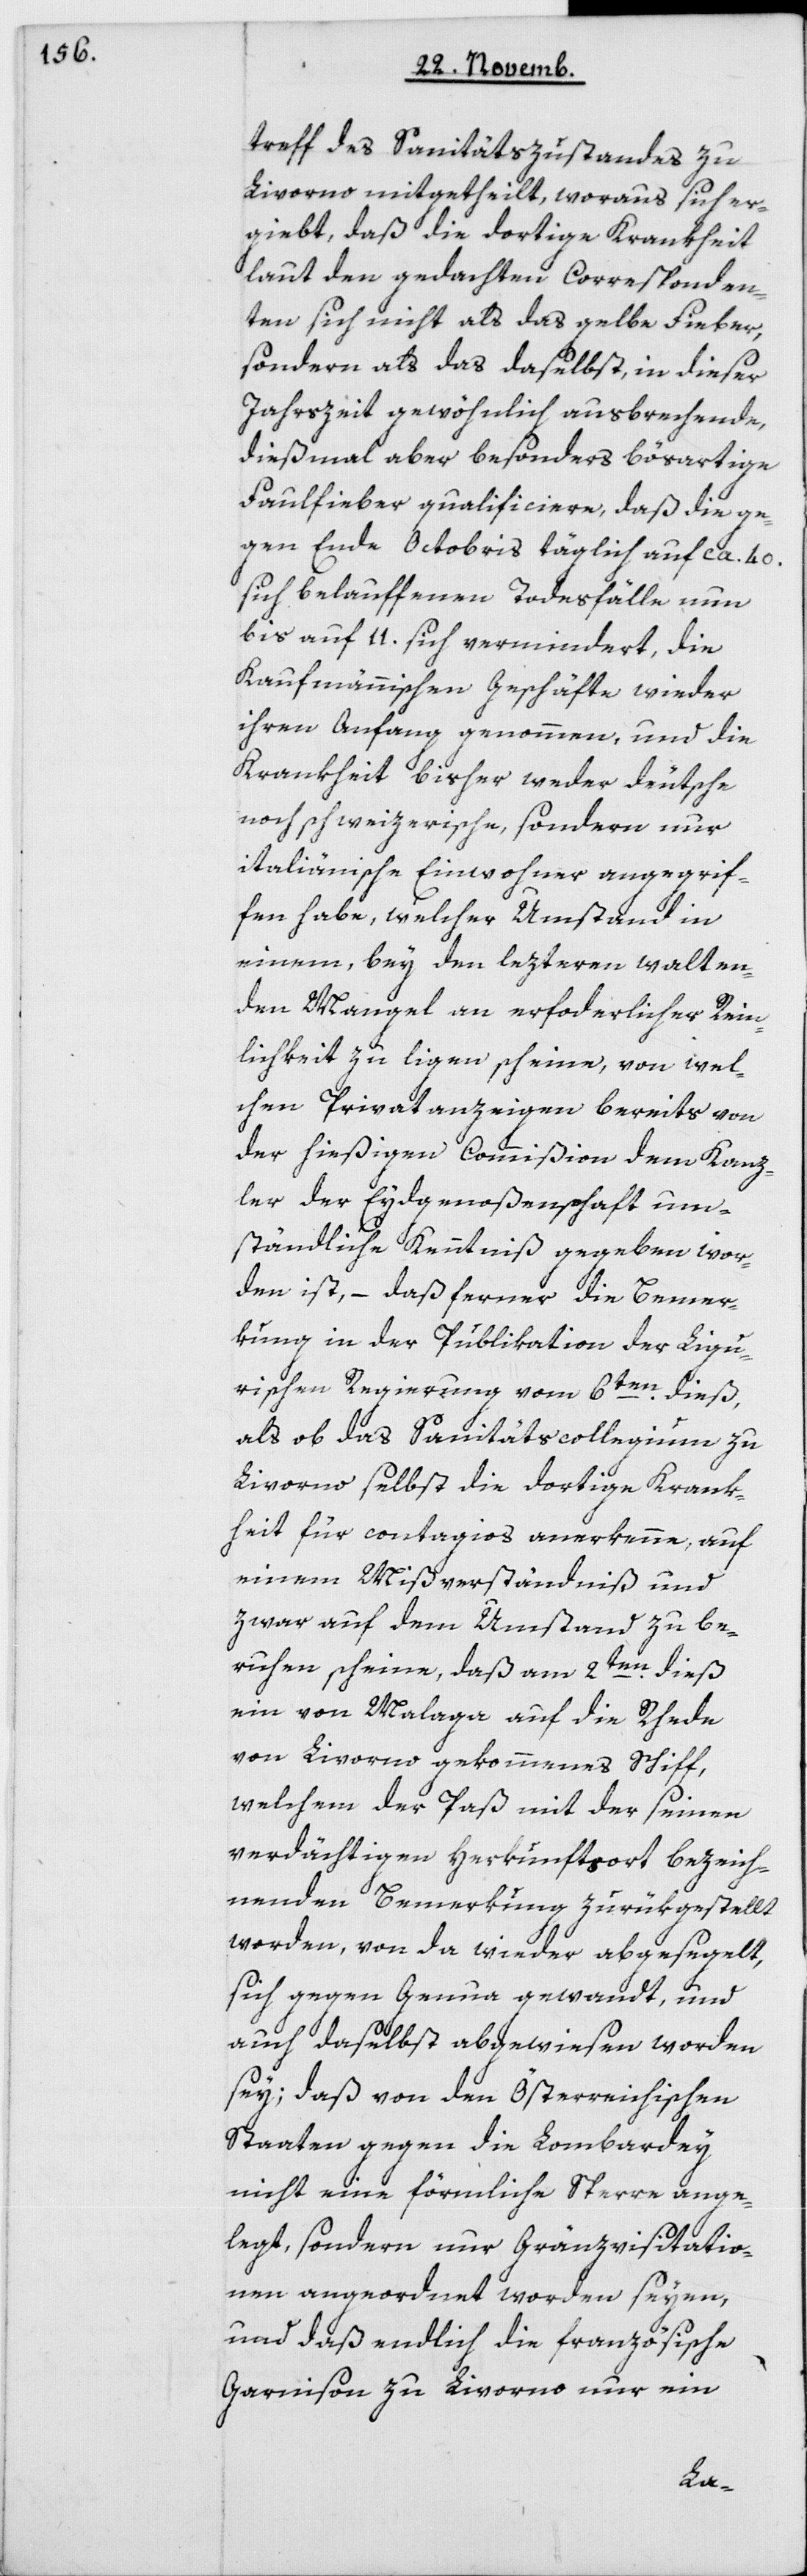
treff des Sanitätszustandes zu
Livorno mitgetheilt, woraus sich er¬
giebt, daß die dortige Krankheit
laut den gedachten Corresponden¬
ten sich nicht als das gelbe Fieber,
sondern als das daselbst in dieser
Jahrszeit gewöhnlich ausbrechende,
diesmal aber besonders bösartige
Faulfieber qualificiere, daß die ge¬
gen Ende Octobris täglich auf ca. 40
sich belauffenden Todesfälle nun
bis auf 11 sich vermindert, die
kaufmännischen Geschäfte wieder
ihren Anfang genommen, und die
Krankheit bisher weder deutsche
noch schweizerische, sondern nur
italienische Einwohner angegrif¬
fen habe, welcher Umstand in
einem, bey den lezteren walten¬
den Mangel an erforderlicher Rein¬
lichkeit zu ligen scheine, von wel¬
chen Privatanzeigen bereits von
der hießigen Commißion dem Kanz¬
ler der Eydgenoßenschaft um¬
ständliche Kenntniß gegeben wor¬
den ist, – daß ferner die Bemer¬
kung in der Publikation der Ligu¬
rischen Regierung vom 6ten dieß,
als ob das Sanitätscollegium zu
Livorno selbst die dortige Krank¬
heit für contagios anerkenne, auf
einem Mißverständnis und
zwar auf dem Umstand zu be¬
ruhen scheine, daß am 2ten dieß
ein von Malaga auf die Rhede
von Livorno gekommenes Schiff,
welchem der Paß mit der seinen
verdächtigen Herkunftsort bezeich¬
nenden Bemerkung zurükgestellt
worden, von da wieder abgesegelt,
sich gegen Genua gewandt, und
auch daselbst abgewiesen worden
sey; daß von den Österreichischen
Staaten gegen die Lombardey
nicht eine förmliche Sperre ange¬
legt, sondern nur Gränzvisitatio¬
nen angeordnet worden seyen,
und daß endlich die französische
Garnison zu Livorno nur ein